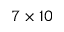
7 \times 1 0